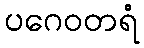
ပဂေဝတရံ